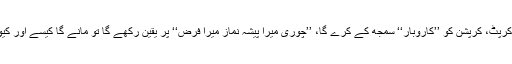
ہر کرپٹ، کرپشن کو ’’کاروبار‘‘ سمجھ کے کرے گا، ’’چوری میرا پیشہ نماز میرا فرض‘‘ پر یقین رکھے گا تو مانے گا کیسے اور کیوں؟